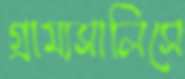
গ্রাম্যসালিসে